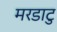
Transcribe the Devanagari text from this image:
मरडाटु